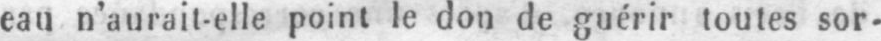
eau n’aurait-elle point le don de guérir toutes sor-